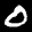
Digit: 0